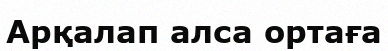
Арқалап алса ортаға